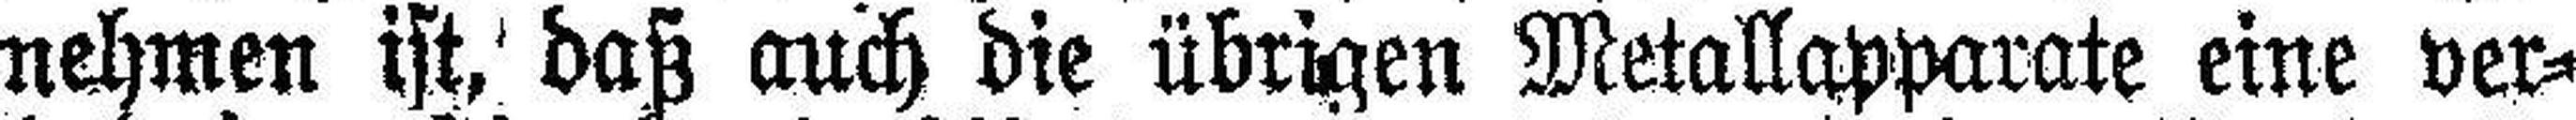
nehmen ist, daß auch die übrigen Metallapparate eine ver¬